NAE_ERA_R-1992_EV_Ehitusministeerium, lk 16
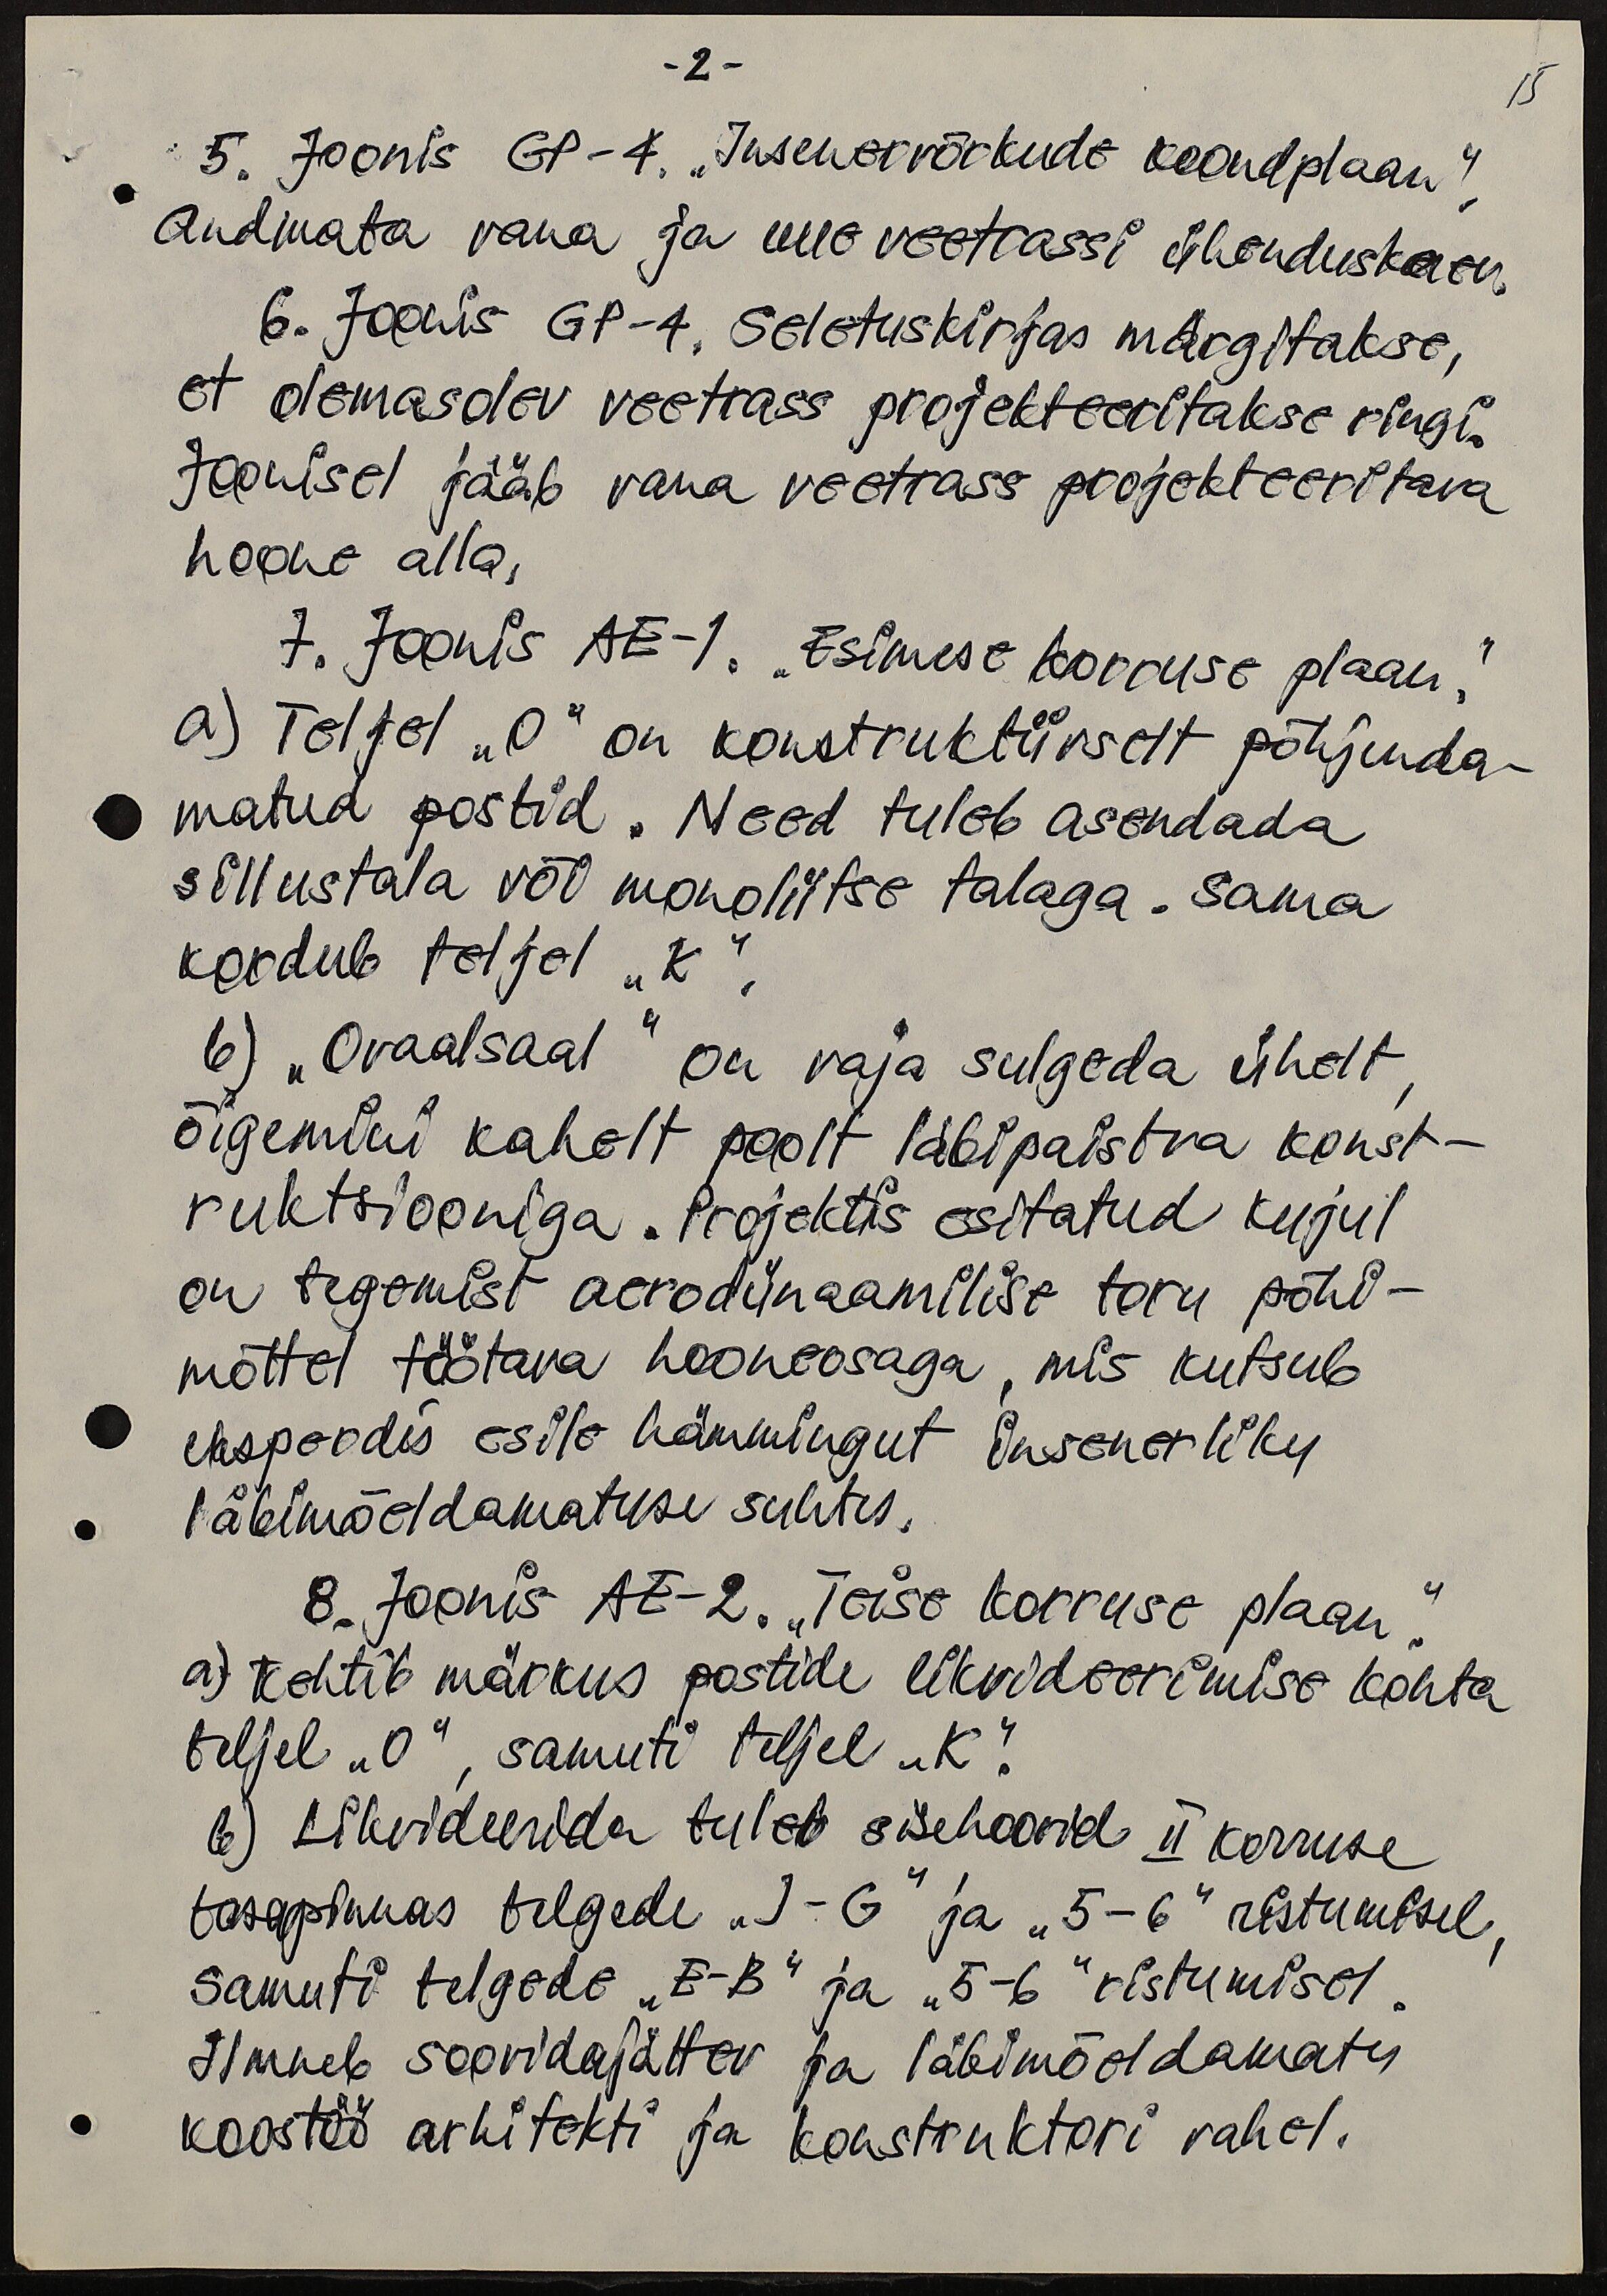
-2 -
5. Joonis GP-4. "Insenervõrkude koondplaan"
Andmata vana ja uue veetrassi ühenduskaev.
6. Joonis GP-4. Seletuskirjas märgitakse,
et olemasolev veetrass projekteeritakse ringi.
Joonisel jääb vana veetrass projekteeritava
hoone alla.
7. Joonis AE-1. "Esimese korruse plaan".
a) Teljel "O" on konstruktiivselt põhjenda-
matud postid. Need tuleb asendada
sillustala või monoliitse talaga. Sama
kordub teljel "K".
6) "Ovaalsaal" on vaja sulgeda ühelt
õigemini kahelt poolt läbipaistva konst-
ruktsiooniga. Projektis esitatud kujul
on tegemist aerodünaamilise toru põhi-
mõttel töötava hooneosaga, mis kutsub
eksperdis esile hämmingut insenerliku
läbimõeldamatuse suhtes.
8. Joonis AE-2. "Teise korruse plaan".
a) Kehtib märkus postide likvideerimise kohta
teljel „O", samuti teljel "K".
b) Likvideerida tuleb sisehoovid II korruse
tasapinnas telgede "J-G" ja "5-6" ristumisel,
samuti telgede "E-B" ja "5-6" ristumisel.
Ilmneb soovidajättev ja läbimõeldamatu
koostöö arhitekti ja konstruktori vahel.

15